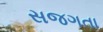
સજગતા